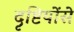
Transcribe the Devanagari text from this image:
दृष्टियोंसे